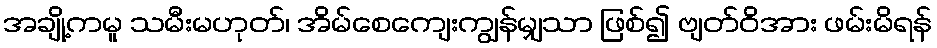
အချို့ကမူ သမီးမဟုတ်၊ အိမ်စေကျေးကျွန်မျှသာ ဖြစ်၍ ဗျတ်ဝိအား ဖမ်းမိရန်